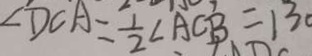
\angle D C A = \frac { 1 } { 2 } \angle A C B = 1 3 0